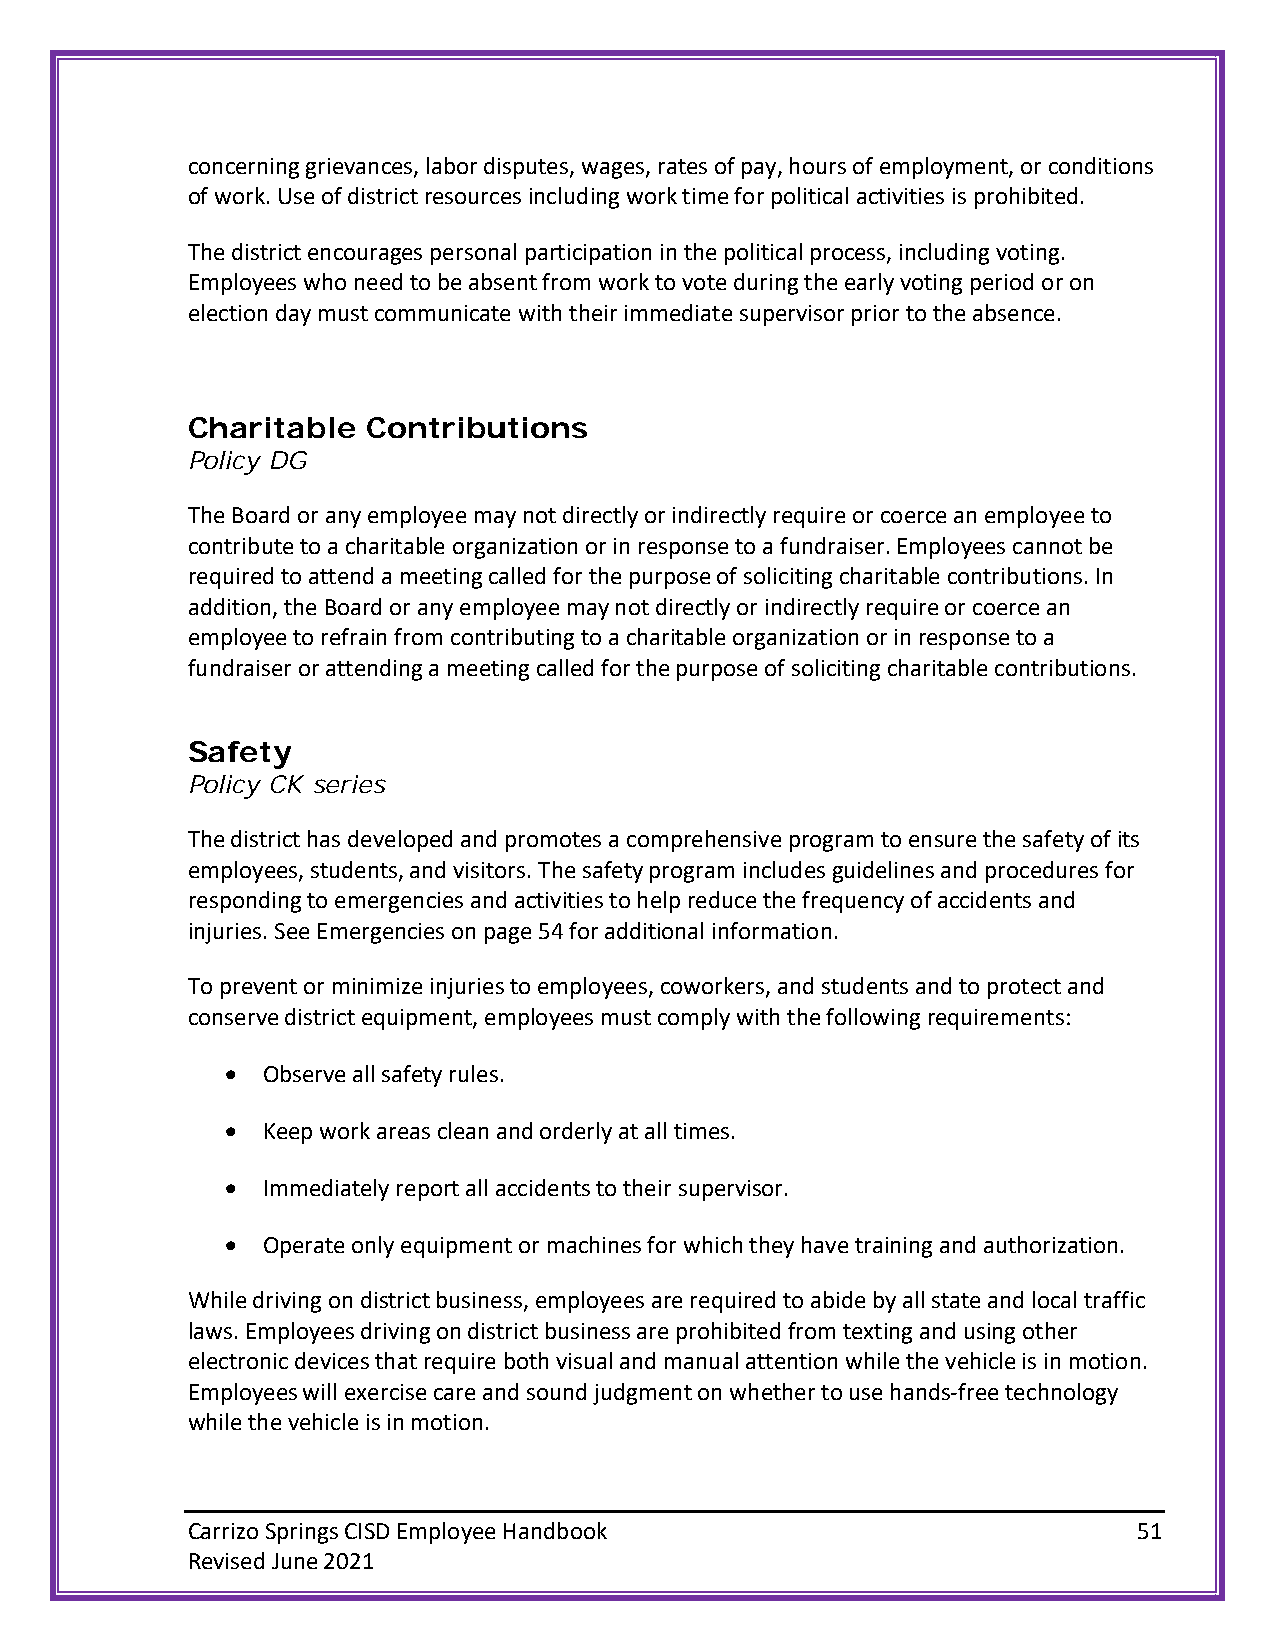
concerning grievances, labor disputes, wages, rates of pay, hours of employment, or conditions
 of work. Use of district resources including work time for political activities is prohibited.
 The district encourages personal participation in the political process, including voting.
 Employees who need to be absent from work to vote during the early voting period or on
 election day must communicate with their immediate supervisor prior to the absence.
 Charitable  Contributions
 Policy DG
 The Board or any employee may not directly or indirectly require or coerce an employee to
 contribute to a charitable organization or in response to a fundraiser. Employees cannot be
 required to attend a meeting called for the purpose of soliciting charitable contributions. In
 addition, the Board or any employee may not directly or indirectly require or coerce an
 employee to refrain from contributing to a charitable organization or in response to a
 fundraiser or attending a meeting called for the purpose of soliciting charitable contributions.
 Safety
 Policy CK series
 The district has developed and promotes a comprehensive program to ensure the safety of its
 employees, students, and visitors. The safety program includes guidelines and procedures for
 responding to emergencies and activities to help reduce the frequency of accidents and
 injuries. See Emergencies on page 54 for additional information.
 To prevent or minimize injuries to employees, coworkers, and students and to protect and
 conserve district equipment, employees must comply with the following requirements:
 • Observe all safety rules.
 • Keep work areas clean and orderly at all times.
 • Immediately report all accidents to their supervisor.
 • Operate only equipment or machines for which they have training and authorization.
 While driving on district business, employees are required to abide by all state and local traffic
 laws. Employees driving on district business are prohibited from texting and using other
 electronic devices that require both visual and manual attention while the vehicle is in motion.
 Employees will exercise care and sound judgment on whether to use hands-free technology
 while the vehicle is in motion.
 Carrizo Springs CISD Employee Handbook                         51
 Revised June 2021